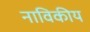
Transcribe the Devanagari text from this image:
नाविकीय